Problem: 8 × 3 = ?
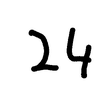
Handwritten answer: 24